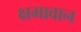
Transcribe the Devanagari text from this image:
क्षमावान